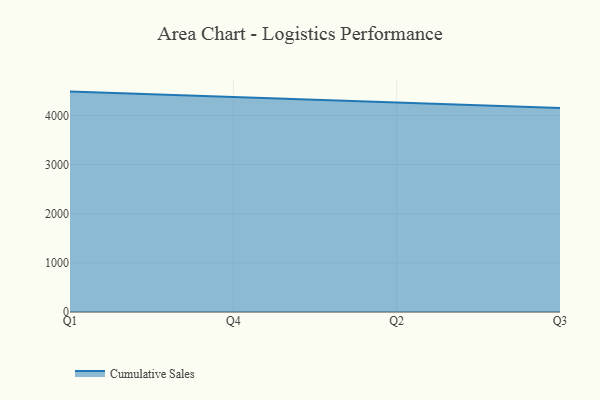
{"axis": {"x": "Quarter", "y": "Backlog"}, "legend": ["Cumulative Sales"], "data": [{"x": "Q1", "y": 4485.0, "type": "Cumulative Sales"}, {"x": "Q4", "y": 4374.2, "type": "Cumulative Sales"}, {"x": "Q2", "y": 4265.1, "type": "Cumulative Sales"}, {"x": "Q3", "y": 4150.5, "type": "Cumulative Sales"}]}